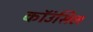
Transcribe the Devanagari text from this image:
कॉउंसिल